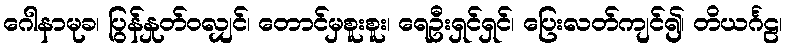
ဂေါနာမုခ၊ ပြွန်နှုတ်ဝလျှင်၊ တောင်မှစူးစူး၊ ရေဦးရှင်ရှင်၊ ပြေးလတ်ကျင်၍၊ တိယင်္ဂဠ၊